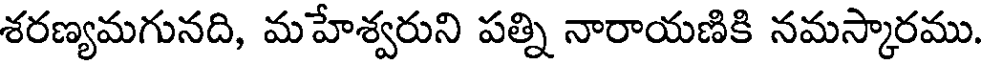
శరణ్యమగునది, మహేశ్వరుని పత్ని నారాయణికి నమస్కారము.